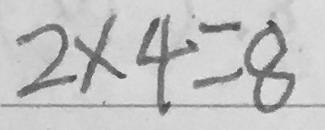
2 \times 4 = 8